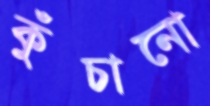
কুঁচানো